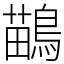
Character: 鶓